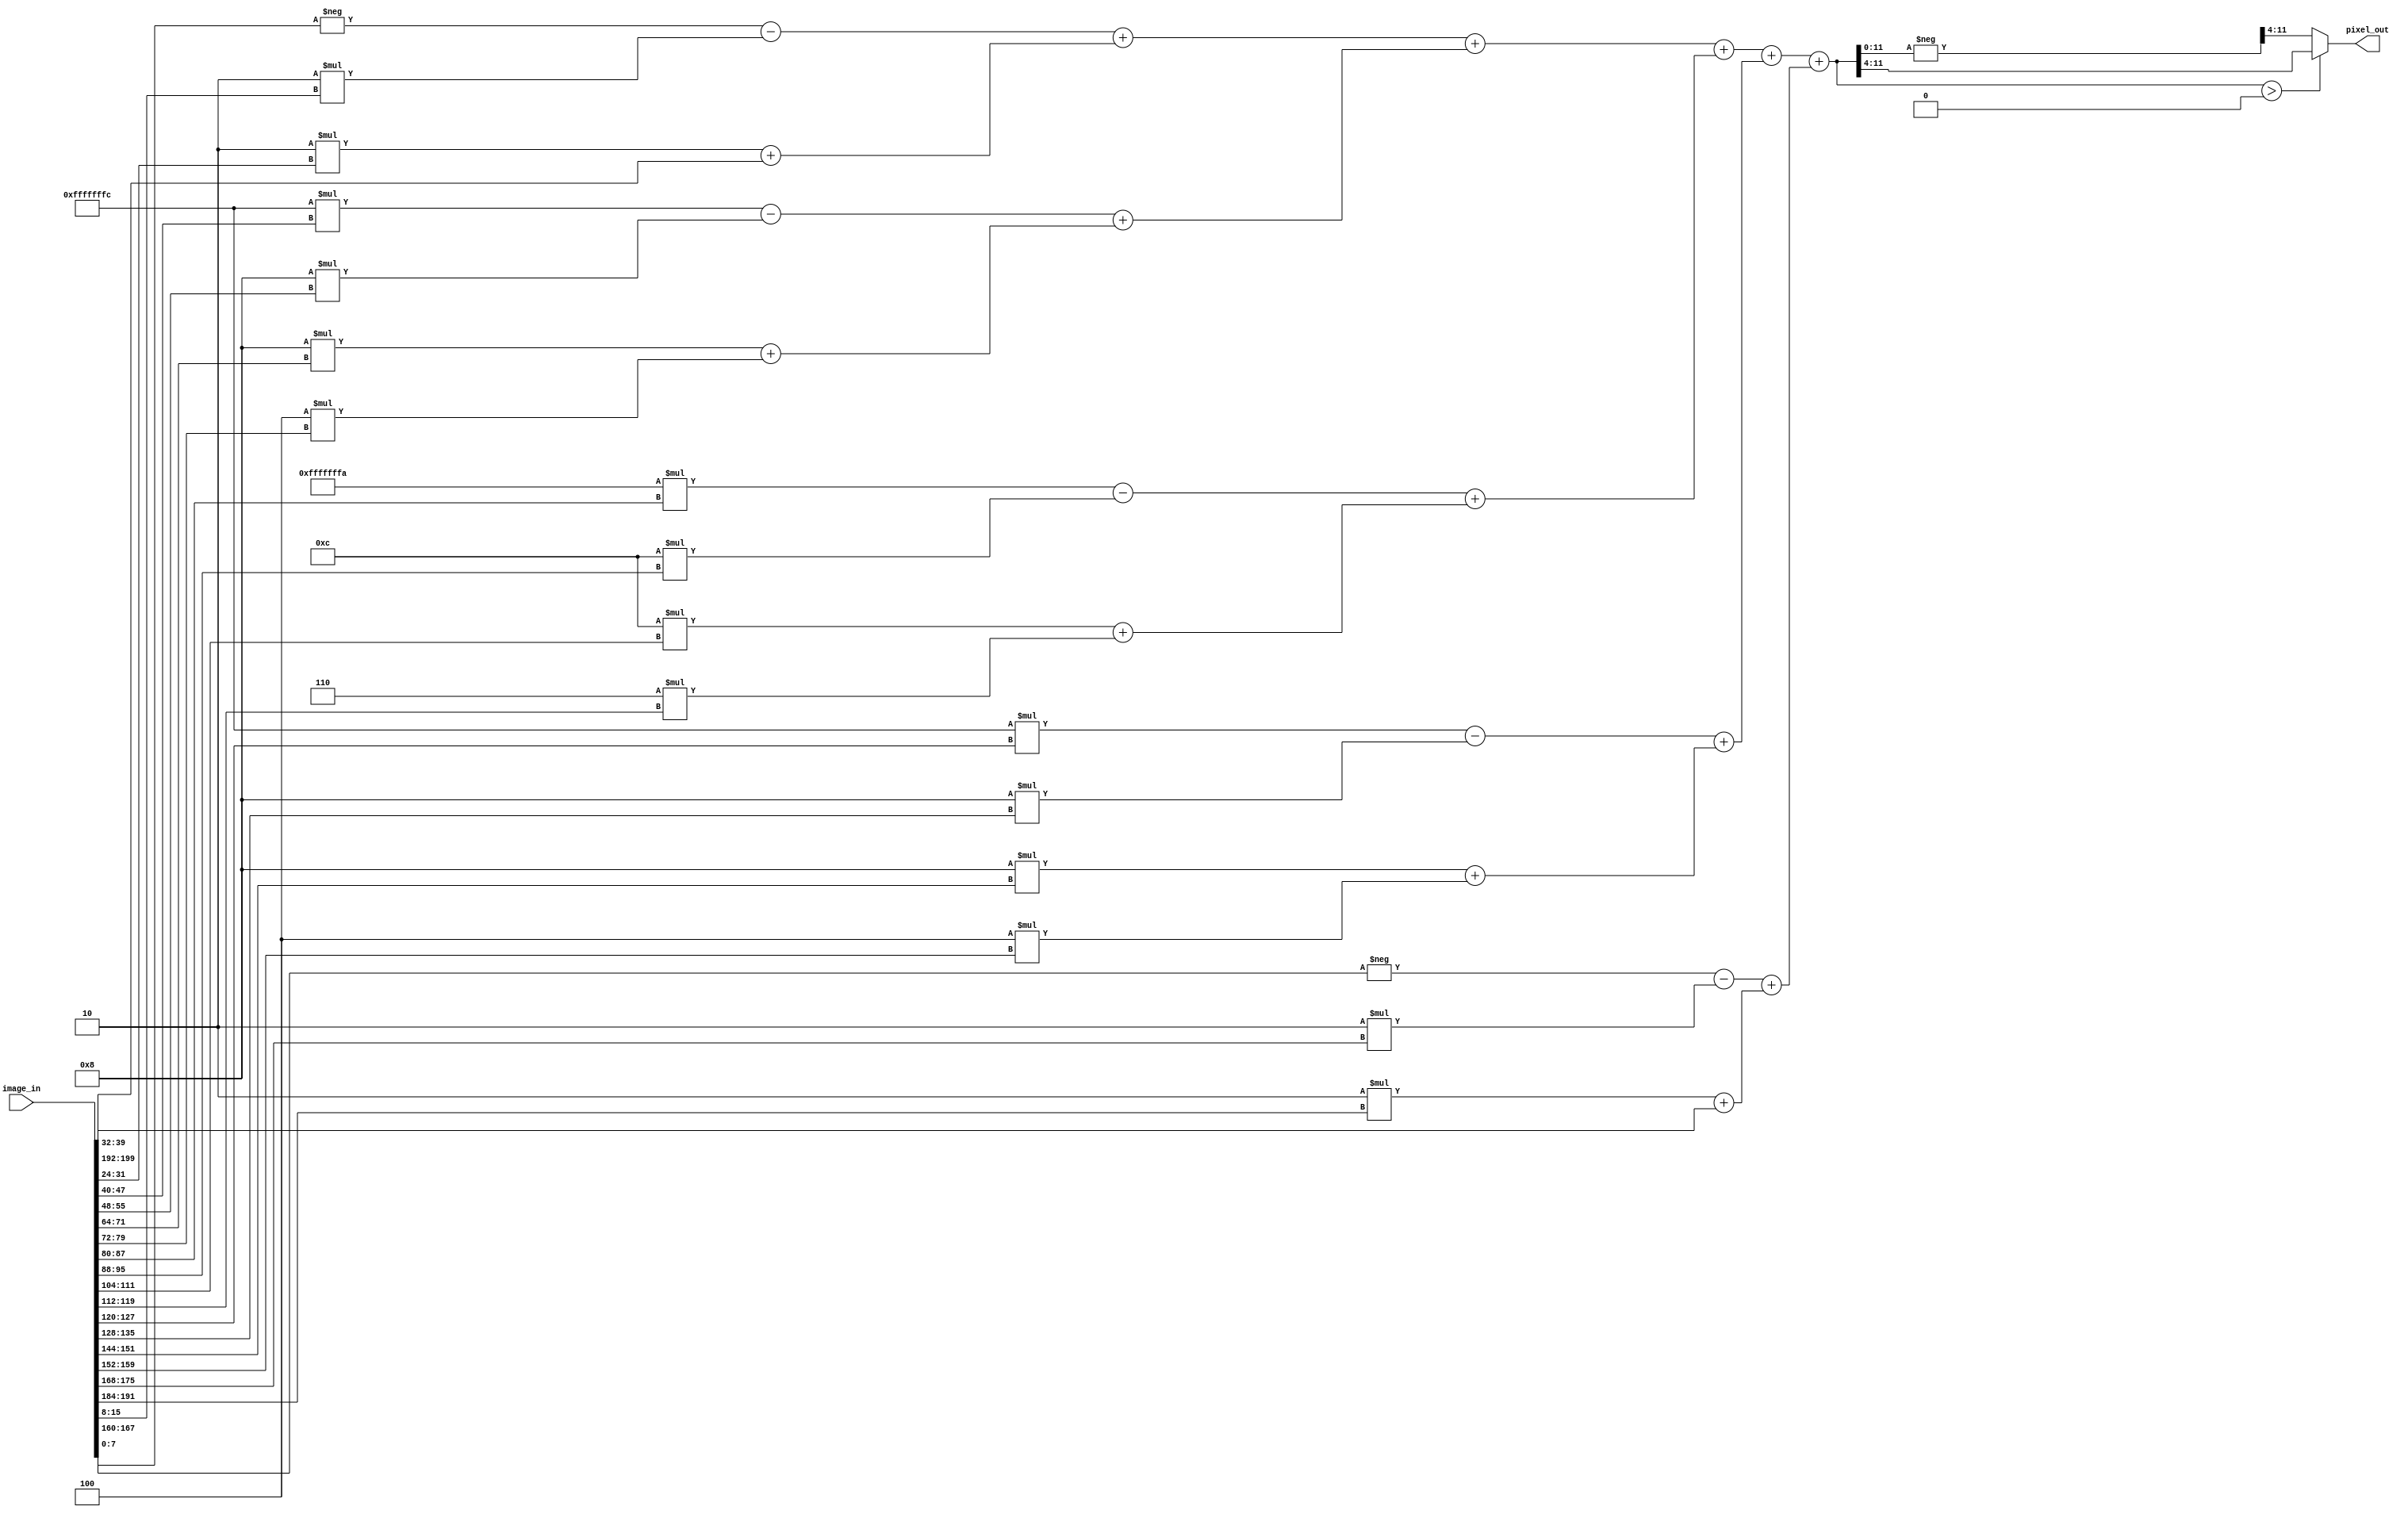
module Edge_X(
    input [199:0] image_in, //Input Matrix
    output [7:0] pixel_out //Output Matrix
);
    //For parallelization
    wire [15:0] tmp;
    
    //Directly writing the values for 5x5 kernel, where the values are hand-calculated
    wire [15:0] first_row1 = -image_in[7:0] - 2*image_in[15:8];
    wire [15:0] first_row2 = 2 * image_in[31:24] + image_in[39:32];
    wire [15:0] second_row1 = -4*image_in[7+40:40] - 8*image_in[15+40:8+40];
    wire [15:0] second_row2 = 8*image_in[31+40:24+40] + 4*image_in[39+40:32+40];
    wire [15:0] third_row1 = -6*image_in[7+80:80] - 12*image_in[15+80:8+80];
    wire [15:0] third_row2 = 12*image_in[31+80:24+80] + 6*image_in[39+80:32+80];
    wire [15:0] fourth_row1 = -4*image_in[7+120:120] - 8*image_in[15+120:8+120];
    wire [15:0] fourth_row2 = 8*image_in[31+120:24+120] + 4*image_in[39+120:32+120];
    wire [15:0] fifth_row1 = -image_in[7+160:160] - 2*image_in[15+160:8+160];
    wire [15:0] fifth_row2 = 2*image_in[31+160:24+160] + image_in[39+160:32+160];
    
    wire [15:0] first_row = first_row1 + first_row2;
    wire [15:0] second_row = second_row1 + second_row2;
    wire [15:0] third_row = third_row1 + third_row2;
    wire [15:0] fourth_row = fourth_row1 + fourth_row2;
    wire [15:0] fifth_row = fifth_row1 + fifth_row2;
    
    assign tmp = first_row + second_row + third_row + fourth_row + fifth_row;

    assign pixel_out = (tmp > 0) ? tmp>>4 : - tmp>>4;
    
endmodule